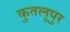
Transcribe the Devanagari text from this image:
कुतलूपुर